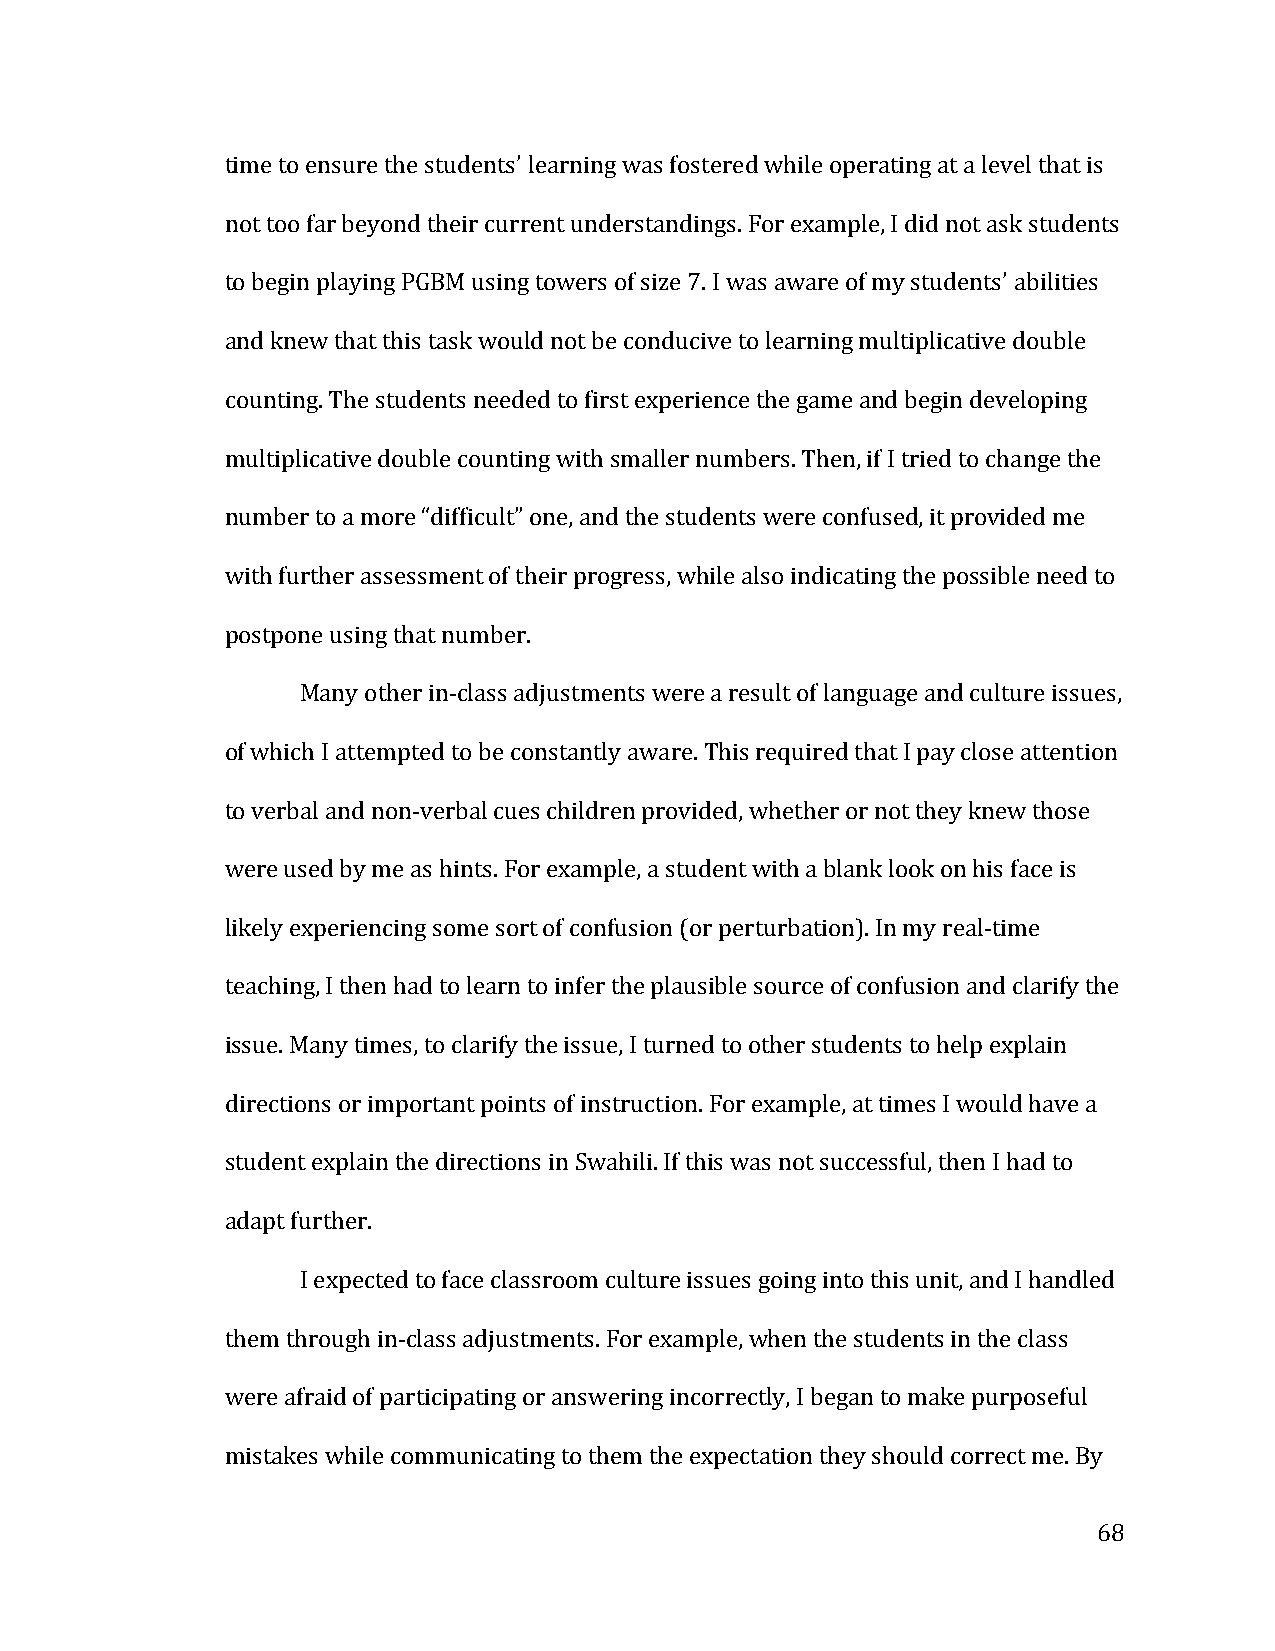
time to ensure the students’ learning was fostered while operating at a level that is
 not too far beyond their current understandings. For example, I did not ask students
 to begin playing PGBM using towers of size 7. I was aware of my students’ abilities
 and knew that this task would not be conducive to learning multiplicative double
 counting. The students needed to first experience the game and begin developing
 multiplicative double counting with smaller numbers. Then, if I tried to change the
 number to a more “difficult” one, and the students were confused, it provided me
 with further assessment of their progress, while also indicating the possible need to
 postpone using that number.
 Many other in-­‐class adjustments were a result of language and culture issues,
 of which I attempted to be constantly aware. This required that I pay close attention
 to verbal and non-­‐verbal cues children provided, whether or not they knew those
 were used by me as hints. For example, a student with a blank look on his face is
 likely experiencing some sort of confusion (or perturbation). In my real-­‐time
 teaching, I then had to learn to infer the plausible source of confusion and clarify the
 issue. Many times, to clarify the issue, I turned to other students to help explain
 directions or important points of instruction. For example, at times I would have a
 student explain the directions in Swahili. If this was not successful, then I had to
 adapt further.
 I expected to face classroom culture issues going into this unit, and I handled
 them through in-­‐class adjustments. For example, when the students in the class
 were afraid of participating or answering incorrectly, I began to make purposeful
 mistakes while communicating to them the expectation they should correct me. By
 68